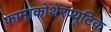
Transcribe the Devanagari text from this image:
फामाकोथेरप्यूटिक